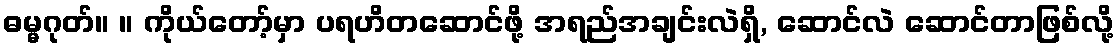
ဓမ္မဂုတ်။ ။ ကိုယ်တော့်မှာ ပရဟိတဆောင်ဖို့ အရည်အချင်းလဲရှိ, ဆောင်လဲ ဆောင်တာဖြစ်လို့